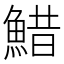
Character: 䱜